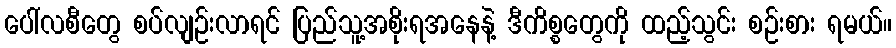
ပေါ်လစီတွေ စပ်လျဉ်းလာရင် ပြည်သူ့အစိုးရအနေနဲ့ ဒီကိစ္စတွေကို ထည့်သွင်း စဉ်းစား ရမယ်။